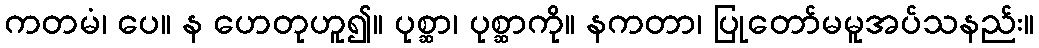
ကတမံ၊ ပေ။ န ဟေတုဟူ၍။ ပုစ္ဆာ၊ ပုစ္ဆာကို။ နကတာ၊ ပြုတော်မမူအပ်သနည်း။